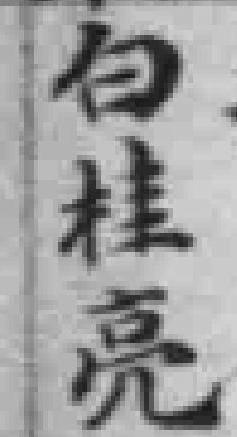
白桂亮